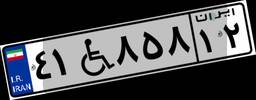
۴۱W۸۵۸۱۲